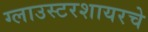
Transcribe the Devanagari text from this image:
ग्लाउस्टरशायरचे